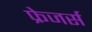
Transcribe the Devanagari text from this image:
फ्रेजर्स